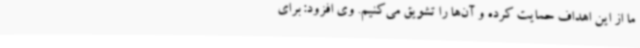
ما از این اهداف حمایت کرده و آن‌ها را تشویق می‌کنیم. وی افزود: برای